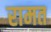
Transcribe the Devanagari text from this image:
रामत